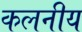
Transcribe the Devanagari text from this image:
कलनीय